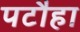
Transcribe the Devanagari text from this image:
पटौहा